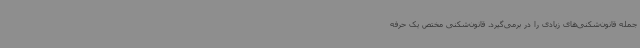
جمله قانون‌شکنی‌های زیادی را در برمی‌گیرد. قانون‌شکنی مختص یک حرفه